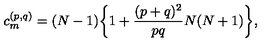
c _ { m } ^ { ( p , q ) } = ( N - 1 ) \bigg \{ 1 + { \frac { ( p + q ) ^ { 2 } } { p q } } N ( N + 1 ) \bigg \} ,